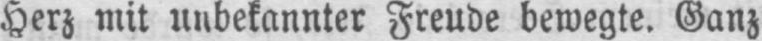
Herz mit unbekannter Freude bewegte. Ganz